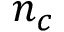
n _ { c }